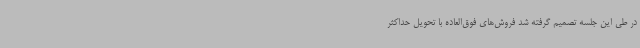
در طی این جلسه تصمیم گرفته شد فروش‌های فوق‌العاده با تحویل حداکثر